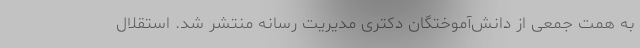
به همت جمعی از دانش‌آموختگان دکتری مدیریت رسانه منتشر شد. استقلال